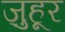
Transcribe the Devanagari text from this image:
ज़ुहूर